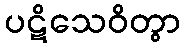
ပဋိသေဝိတွာ